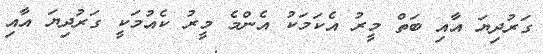
ގަރުދިޔަ އާއި ބަތް މީރު އެކަމަކު އެންމެ މީރު ކެއުމަކީ ގަރުދިޔަ އާއި